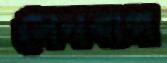
সেনবাগ